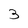
Character: 3